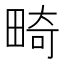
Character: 畸